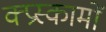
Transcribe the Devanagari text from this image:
क्प्रस्कामों